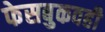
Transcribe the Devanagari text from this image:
फेसबुकवही